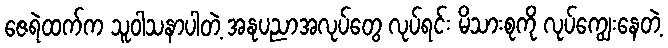
ဇေရဲထက်က သူဝါသနာပါတဲ့ အနုပညာအလုပ်တွေ လုပ်ရင်း မိသားစုကို လုပ်ကျွေးနေတဲ့